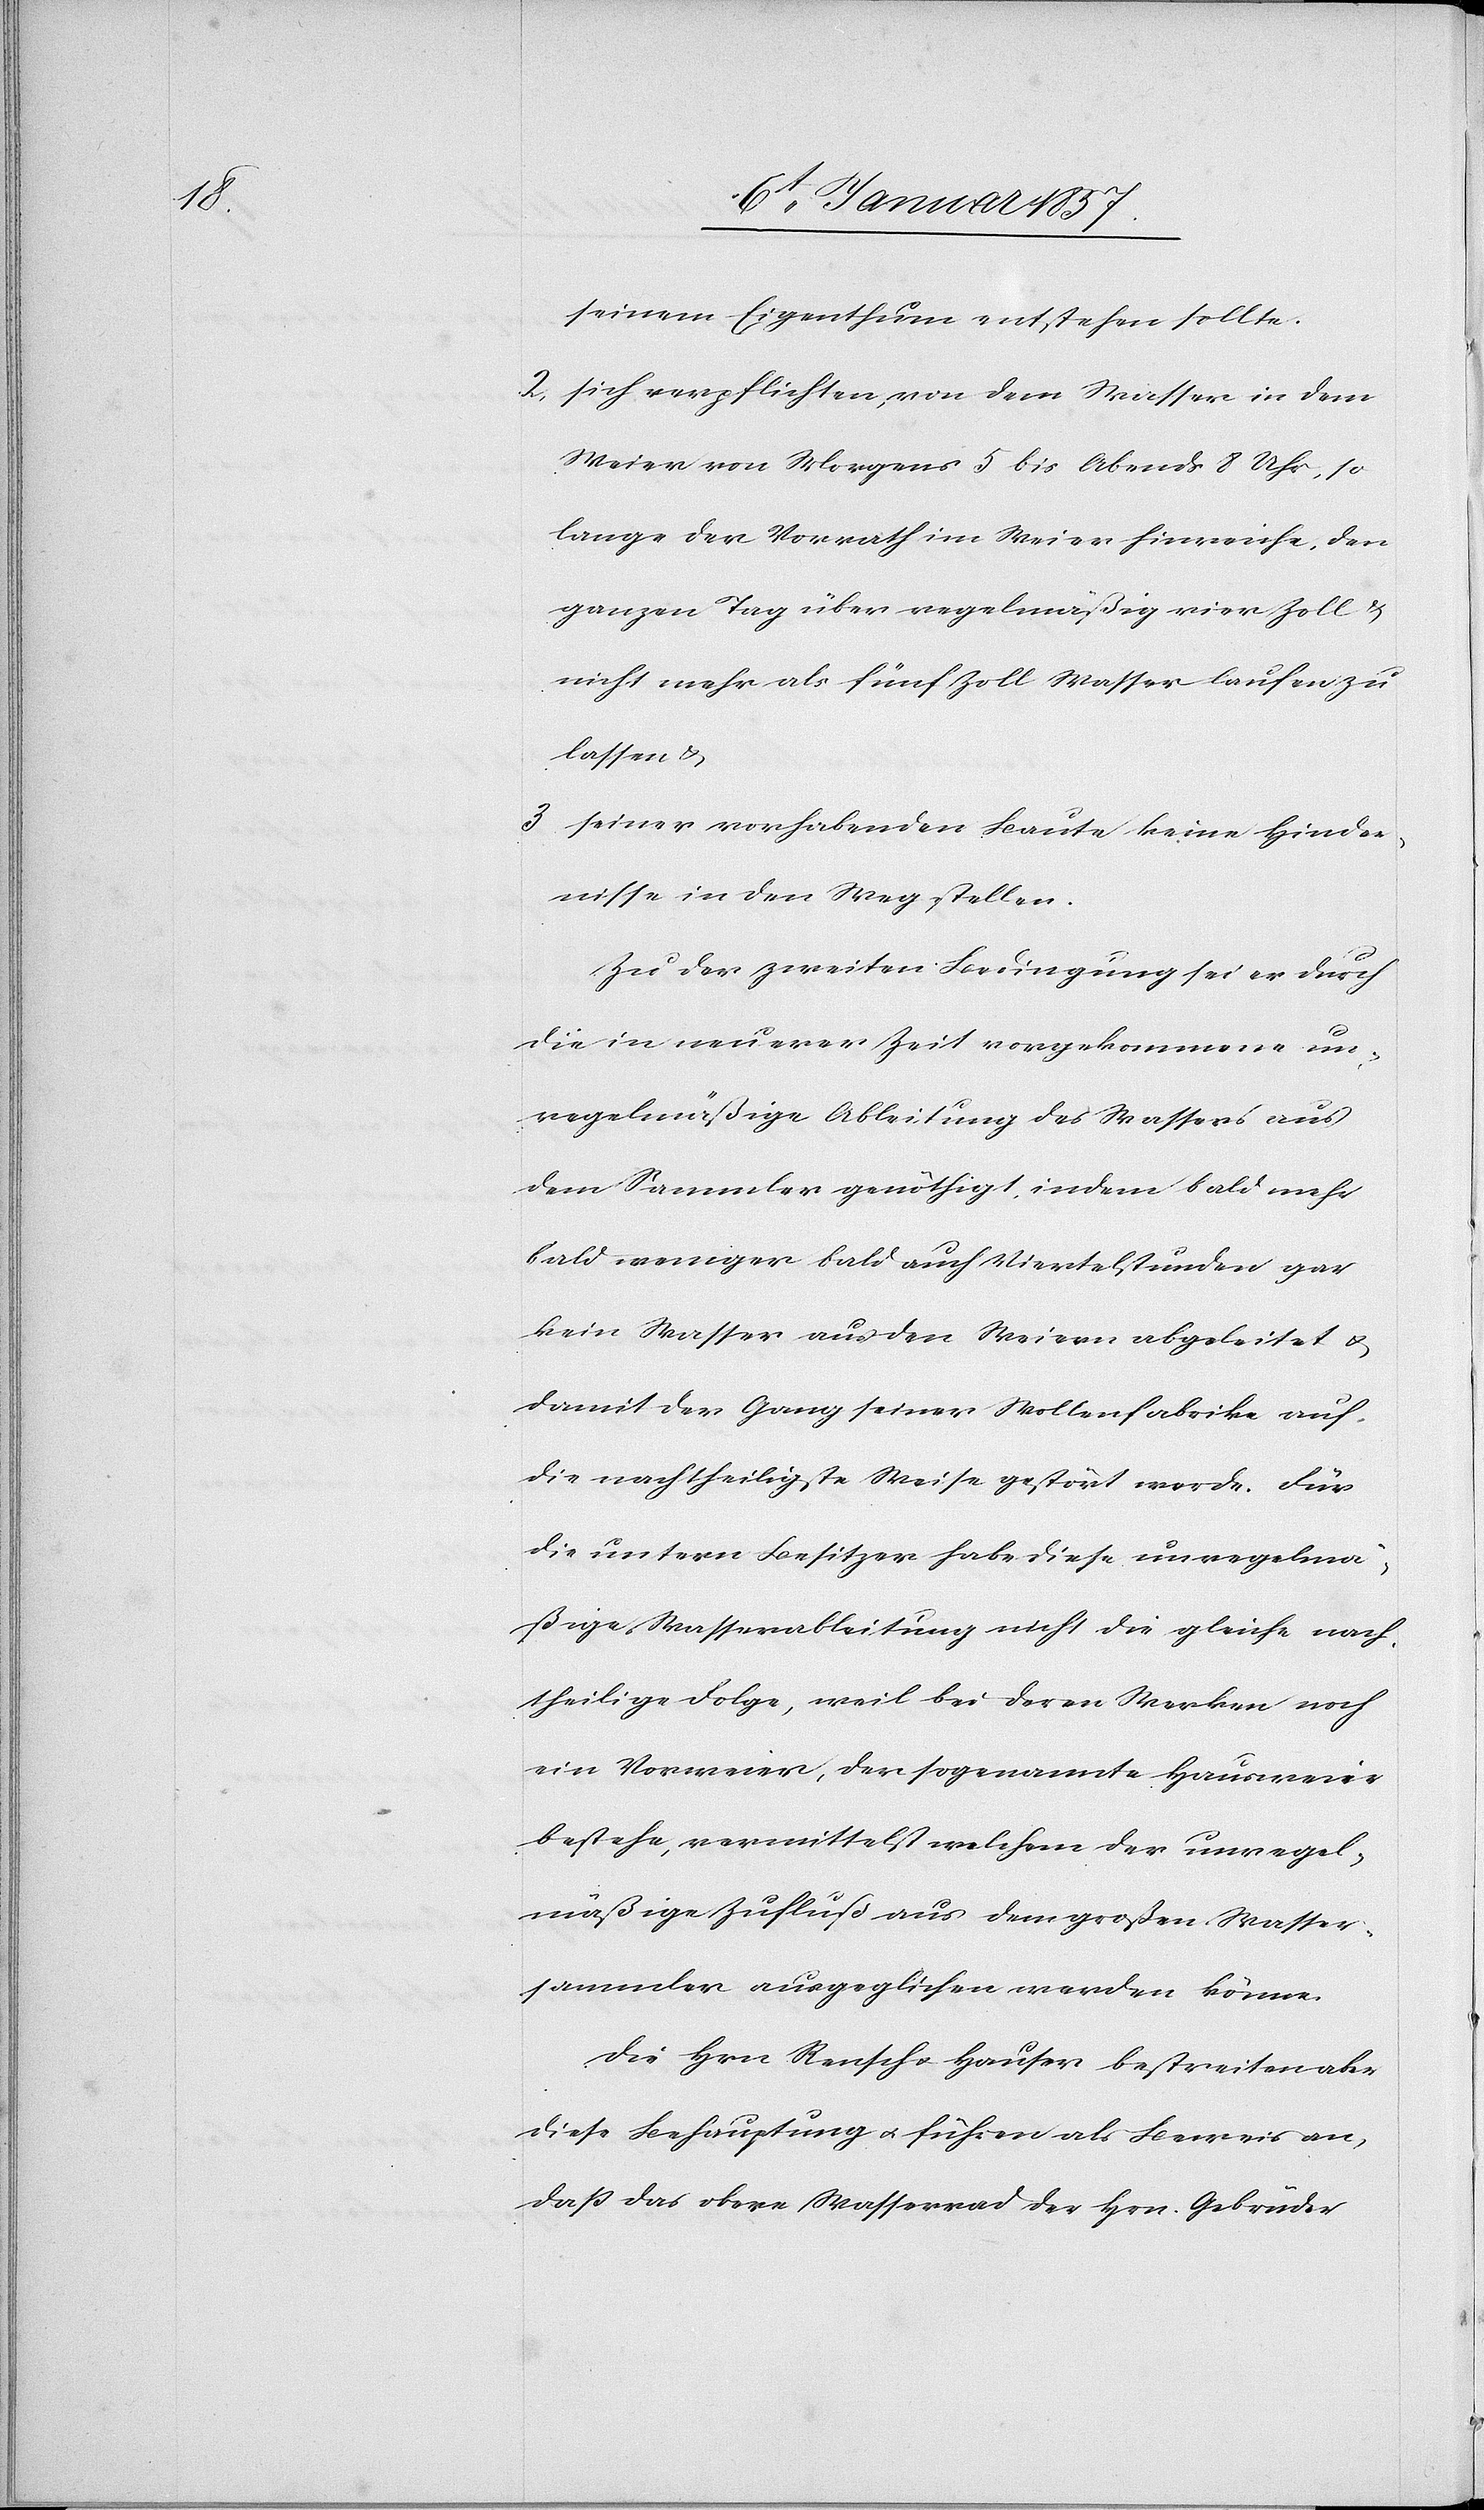
seinem Eigenthum entstehen sollte.
2. sich verpflichten, von dem Wasser in dem
Weier von Morgens 5 bis Abends 8 Uhr, so
lange der Vorrath im Weier hinreiche, den
ganzen Tag über regelmäßig vier Zoll &
nicht mehr als fünf Zoll Wasser laufen zu
lassen &
3. seiner vorhabenden Baute keine Hinder¬
nisse in den Weg stellen.
Zu der zweiten Bedingung sei er durch
die in neuerer Zeit vorgekommene un¬
regelmäßige Ableitung des Wassers aus
dem Sammler genöthigt, indem bald mehr
bald weniger bald auf Viertelstunden gar
kein Wasser aus den Weiern abgeleitet u.
damit der Gang seiner Wollenfabrik auf
die nachtheiligste Weise gestört werde. Für
die untern Besitzer habe diese unregelmä¬
ßige Wasserableitung nicht die gleiche nach¬
theilige Folge, weil bei deren Werken noch
ein Vorweier, der sogenannte Hausweier
bestehe, vermittelst welchem der unregel¬
mäßige Zufluß aus dem großen Wasser¬
sammler ausgeglichen werden könne.
Die Hrn Rensch u. Hauser bestreiten aber
diese Behauptung u. führen als Beweis an,
daß das obere Wasserrad der Hrn. Gebrüder